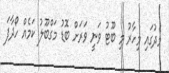
މެދުގައި މިހާރު މި ބޫޓު ވަނީ ވަރަށް ބޮޑު މަގްބޫލު ކަމެއް ހޯދާފަ